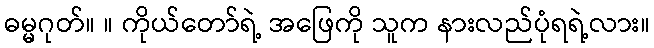
ဓမ္မဂုတ်။ ။ ကိုယ်တော်ရဲ့ အဖြေကို သူက နားလည်ပုံရရဲ့လား။